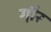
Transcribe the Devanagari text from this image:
गौ़र